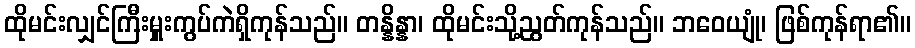
ထိုမင်းလျှင်ကြီးမှူးကွပ်ကဲရှိကုန်သည်။ တန္နိန္နာ၊ ထိုမင်းသို့ညွတ်ကုန်သည်။ ဘဝေယျုံ၊ ဖြစ်ကုန်ရာ၏။